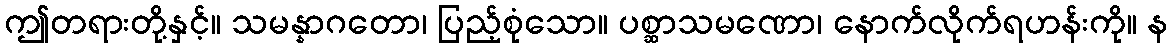
ဤတရားတို့နှင့်။ သမန္နာဂတော၊ ပြည့်စုံသော။ ပစ္ဆာသမဏော၊ နောက်လိုက်ရဟန်းကို။ န